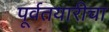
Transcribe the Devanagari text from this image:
पूर्वतयारीचा